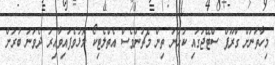
މިހާތަނަށް ގްރޫޕް ސްޓޭޖުގައި ކުޅުނު ތިން މެޗުންވެސް އެތްލެޓިކޯ މޮޅުވެފައިވާއިރު ދެވަނަ ބުރަށް